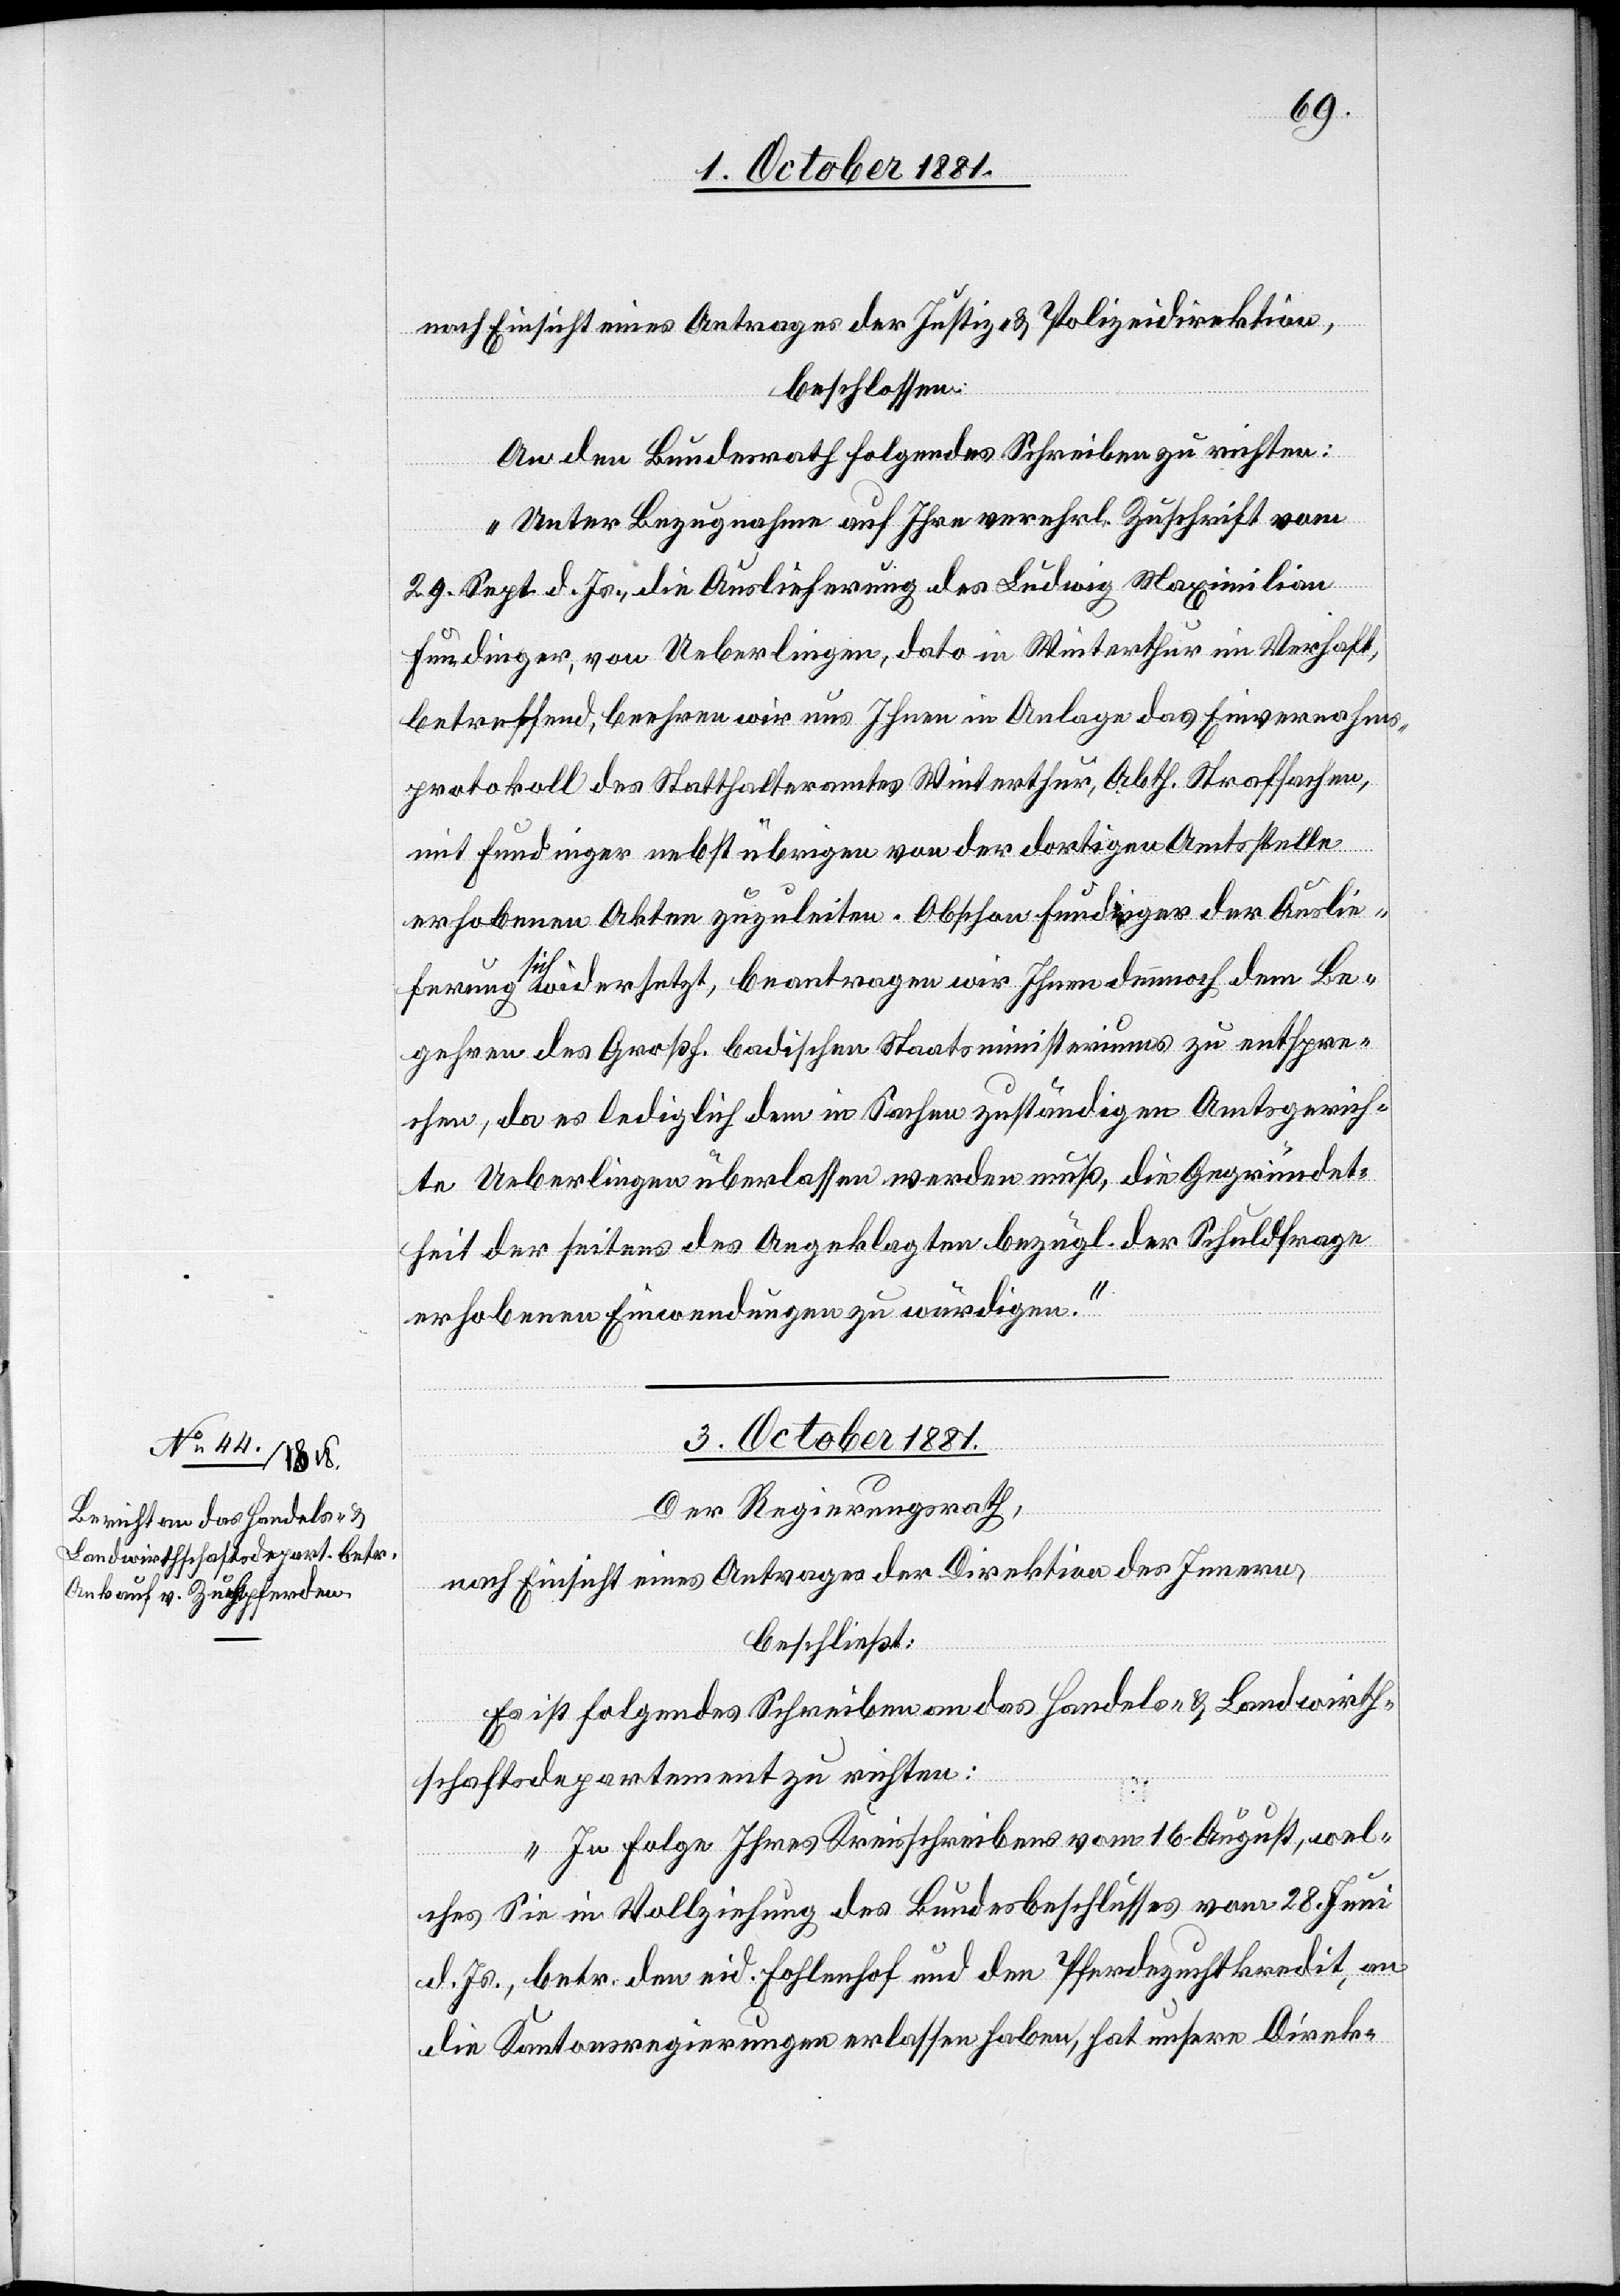
nach Einsicht eines Antrages der Justiz- & Polizeidirektion,
beschlossen:
An den Bundesrath folgendes Schreiben zu richten:
„Unter Bezugnahme auf Ihre verehrl. Zuschrift vom
29. Sept. d. Js., die Auslieferung des Ludwig Maximilian
Fundinger, von Ueberlingen, dato in Winterthur in Verhaft,
betreffend, beehren wir uns Ihnen in Anlage das Einvernahms¬
protokoll des Statthalteramtes Winterthur, Abth. Strafsachen,
mit Fundinger nebst übrigen von der dortigen Amtsstelle
erhobenen Akten zuzuleiten. Obschon Fundinger der Auslie¬
ferung sich widersetzt, beantragen wir Ihnen dennoch dem Be¬
gehren des Großh. badischen Staatsministeriums zu entspre¬
chen, da es lediglich dem in Sachen zuständigen Amtsgerich¬
te Ueberlingen überlassen werden muß, die Gegründet¬
heit der seitens des Angeklagten bezügl. der Schuldfrage
erhobenen Einwendungen zu würdigen.“
3. October 1881.
Der Regierungsrath,
nach Einsicht eines Antrages der Direktion des Innern,
beschließt:
Es ist folgendes Schreiben an das Handels- & Landwirth¬
schaftsdepartement zu richten:
„In Folge Ihres Kreisschreibens vom 16. August, wel¬
ches Sie in Vollziehung des Bundesbeschlusses vom 28. Juni
d. Js., betr. den eid. Fohlenhof und den Pferdezuchtkredit, an
die Kantonsregierungen erlassen haben, hat unsere Direk-